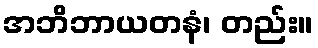
အဘိဘာယတနံ၊ တည်း။